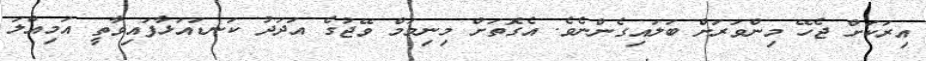
އިރަކަށް ޖެހޭ މިންވަރަށް ބަލައިގެންނެވެ. އެގޮތަށް މިނިމަމް ވޭޖުގެ އަދަދު ކަނޑައަޅާފައިވާތީ އަމިއްލަ